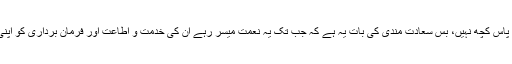
اس سے اندازہ لگایا جاسکتا ہے کہ شفقت والدین ایسی قیمتی دولت ہے جس کا بدل انسان کے پاس کچھ نہیں، بس سعادت مندی کی بات یہ ہے کہ جب تک یہ نعمت میسر رہے ان کی خدمت و اطاعت اور فرمان برداری کو اپنی زندگی کا لازمی فریضہ تصور کیا جائے، دنیا و آخرت دونوں جہاں میں کامیابی ملے گی۔